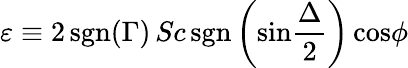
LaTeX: \varepsilon\equiv 2\, \mathrm{sgn}(\Gamma)\, Sc\, \mathrm{sgn}\left(\mathrm{sin}{\frac{\Delta}{2}}\right)\, \mathrm{cos}\phi